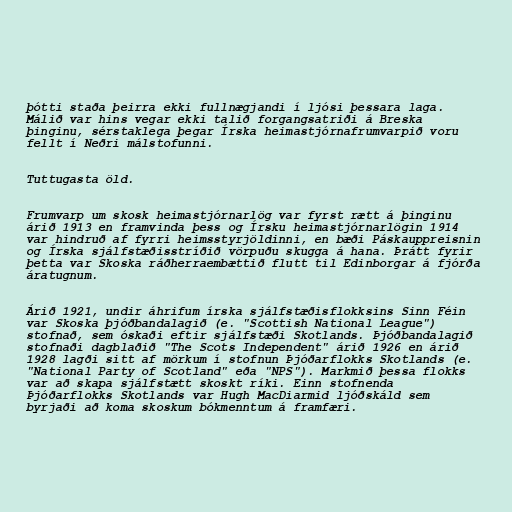
þótti staða þeirra ekki fullnægjandi í ljósi þessara laga.
Málið var hins vegar ekki talið forgangsatriði á Breska
þinginu, sérstaklega þegar Írska heimastjórnafrumvarpið voru
fellt í Neðri málstofunni.

Tuttugasta öld.

Frumvarp um skosk heimastjórnarlög var fyrst rætt á þinginu
árið 1913 en framvinda þess og Írsku heimastjórnarlögin 1914
var hindruð af fyrri heimsstyrjöldinni, en bæði Páskauppreisnin
og Írska sjálfstæðisstríðið vörpuðu skugga á hana. Þrátt fyrir
þetta var Skoska ráðherraembættið flutt til Edinborgar á fjórða
áratugnum.

Árið 1921, undir áhrifum írska sjálfstæðisflokksins Sinn Féin
var Skoska þjóðbandalagið (e. "Scottish National League")
stofnað, sem óskaði eftir sjálfstæði Skotlands. Þjóðbandalagið
stofnaði dagblaðið "The Scots Independent" árið 1926 en árið
1928 lagði sitt af mörkum í stofnun Þjóðarflokks Skotlands (e.
"National Party of Scotland" eða "NPS"). Markmið þessa flokks
var að skapa sjálfstætt skoskt ríki. Einn stofnenda
Þjóðarflokks Skotlands var Hugh MacDiarmid ljóðskáld sem
byrjaði að koma skoskum bókmenntum á framfæri.